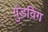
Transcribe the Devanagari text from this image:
ग्रुंडविग